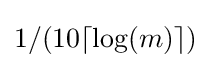
1/(10\lceil \log(m)\rceil )